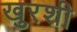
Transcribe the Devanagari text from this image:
खुरशी